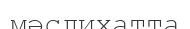
мәслихатта